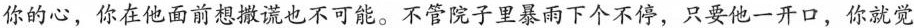
你的心，你在他面前想撒谎也不可能。不管院子里暴雨下个不停，只要他一开口，你就觉